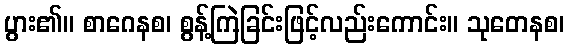
ပွား၏။ စာဂေနစ၊ စွန့်ကြဲခြင်းဖြင့်လည်းကောင်း။ သုတေနစ၊